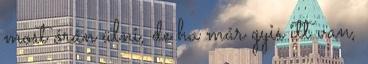
most órán ülni, de ha már gyis itt van,